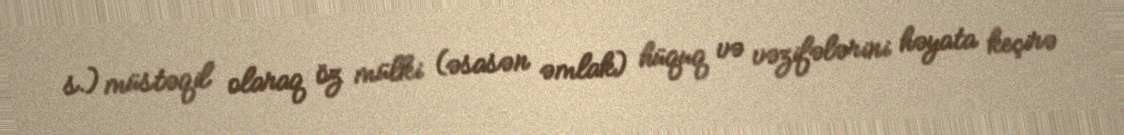
s.) müstəqil olaraq öz mülki (əsasən əmlak) hüquq və vəzifələrini həyata keçirə